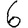
Digit: 6